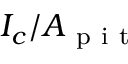
I _ { c } / A _ { \mathrm { ~ p ~ i ~ t ~ } }